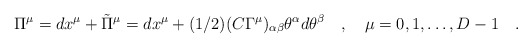
\begin{align*}\Pi^\mu =dx^\mu + {\tilde\Pi}^\mu= dx^\mu + (1/2) (C \Gamma^\mu)_{\alpha \beta} \theta^\alpha d\theta^\beta \quad ,\quad \mu=0,1,\dots , D-1 \quad .\end{align*}